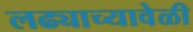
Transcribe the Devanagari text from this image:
लढ्याच्यावेळी